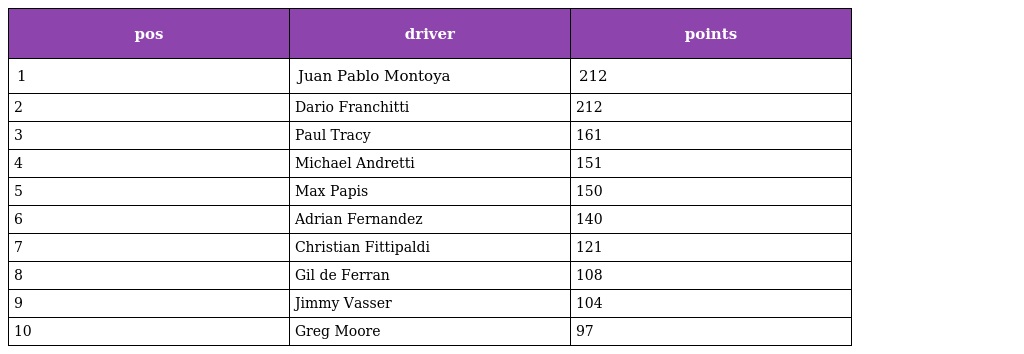
| pos | driver | points |
 | --- | --- | --- |
 | 1 | Juan Pablo Montoya | 212 |
 | 2 | Dario Franchitti | 212 |
 | 3 | Paul Tracy | 161 |
 | 4 | Michael Andretti | 151 |
 | 5 | Max Papis | 150 |
 | 6 | Adrian Fernandez | 140 |
 | 7 | Christian Fittipaldi | 121 |
 | 8 | Gil de Ferran | 108 |
 | 9 | Jimmy Vasser | 104 |
 | 10 | Greg Moore | 97 |